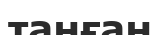
таңған